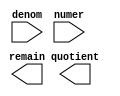
// megafunction wizard: %LPM_DIVIDE%VBB%
// GENERATION: STANDARD
// VERSION: WM1.0
// MODULE: LPM_DIVIDE 

// ============================================================
// Megafunction Name(s):
// 			LPM_DIVIDE
//
// Simulation Library Files(s):
// 			lpm
// ============================================================
// ************************************************************
// THIS IS A WIZARD-GENERATED FILE. DO NOT EDIT THIS FILE!
//
// 18.1.0 Build 625 09/12/2018 SJ Lite Edition
// ************************************************************

//Copyright (C) 2018  Intel Corporation. All rights reserved.
//Your use of Intel Corporation's design tools, logic functions 
//and other software and tools, and its AMPP partner logic 
//functions, and any output files from any of the foregoing 
//(including device programming or simulation files), and any 
//associated documentation or information are expressly subject 
//to the terms and conditions of the Intel Program License 
//Subscription Agreement, the Intel Quartus Prime License Agreement,
//the Intel FPGA IP License Agreement, or other applicable license
//agreement, including, without limitation, that your use is for
//the sole purpose of programming logic devices manufactured by
//Intel and sold by Intel or its authorized distributors.  Please
//refer to the applicable agreement for further details.

module div (
	denom,
	numer,
	quotient,
	remain);

	input	[13:0]  denom;
	input	[15:0]  numer;
	output	[15:0]  quotient;
	output	[13:0]  remain;

endmodule

// ============================================================
// CNX file retrieval info
// ============================================================
// Retrieval info: PRIVATE: INTENDED_DEVICE_FAMILY STRING "MAX 10"
// Retrieval info: PRIVATE: PRIVATE_LPM_REMAINDERPOSITIVE STRING "TRUE"
// Retrieval info: PRIVATE: PRIVATE_MAXIMIZE_SPEED NUMERIC "5"
// Retrieval info: PRIVATE: SYNTH_WRAPPER_GEN_POSTFIX STRING "0"
// Retrieval info: PRIVATE: USING_PIPELINE NUMERIC "0"
// Retrieval info: PRIVATE: VERSION_NUMBER NUMERIC "2"
// Retrieval info: PRIVATE: new_diagram STRING "1"
// Retrieval info: LIBRARY: lpm lpm.lpm_components.all
// Retrieval info: CONSTANT: LPM_DREPRESENTATION STRING "UNSIGNED"
// Retrieval info: CONSTANT: LPM_HINT STRING "MAXIMIZE_SPEED=5,LPM_REMAINDERPOSITIVE=TRUE"
// Retrieval info: CONSTANT: LPM_NREPRESENTATION STRING "UNSIGNED"
// Retrieval info: CONSTANT: LPM_TYPE STRING "LPM_DIVIDE"
// Retrieval info: CONSTANT: LPM_WIDTHD NUMERIC "14"
// Retrieval info: CONSTANT: LPM_WIDTHN NUMERIC "16"
// Retrieval info: USED_PORT: denom 0 0 14 0 INPUT NODEFVAL "denom[13..0]"
// Retrieval info: USED_PORT: numer 0 0 16 0 INPUT NODEFVAL "numer[15..0]"
// Retrieval info: USED_PORT: quotient 0 0 16 0 OUTPUT NODEFVAL "quotient[15..0]"
// Retrieval info: USED_PORT: remain 0 0 14 0 OUTPUT NODEFVAL "remain[13..0]"
// Retrieval info: CONNECT: @denom 0 0 14 0 denom 0 0 14 0
// Retrieval info: CONNECT: @numer 0 0 16 0 numer 0 0 16 0
// Retrieval info: CONNECT: quotient 0 0 16 0 @quotient 0 0 16 0
// Retrieval info: CONNECT: remain 0 0 14 0 @remain 0 0 14 0
// Retrieval info: GEN_FILE: TYPE_NORMAL div.v TRUE
// Retrieval info: GEN_FILE: TYPE_NORMAL div.inc FALSE
// Retrieval info: GEN_FILE: TYPE_NORMAL div.cmp FALSE
// Retrieval info: GEN_FILE: TYPE_NORMAL div.bsf FALSE
// Retrieval info: GEN_FILE: TYPE_NORMAL div_inst.v FALSE
// Retrieval info: GEN_FILE: TYPE_NORMAL div_bb.v TRUE
// Retrieval info: LIB_FILE: lpm